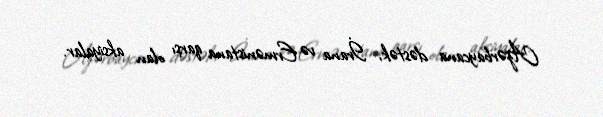
Azərbaycana dəstək, İrana və Ermənistana qarşı olan aksiyalar.